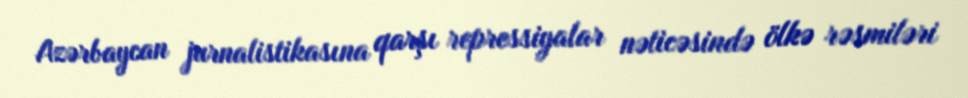
Azərbaycan jurnalistikasına qarşı repressiyalar nəticəsində ölkə rəsmiləri